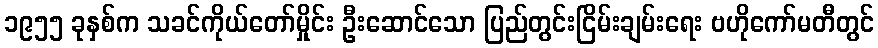
၁၉၅၅ ခုနှစ်က သခင်ကိုယ်တော်မှိုင်း ဦးဆောင်သော ပြည်တွင်းငြိမ်းချမ်းရေး ဗဟိုကော်မတီတွင်